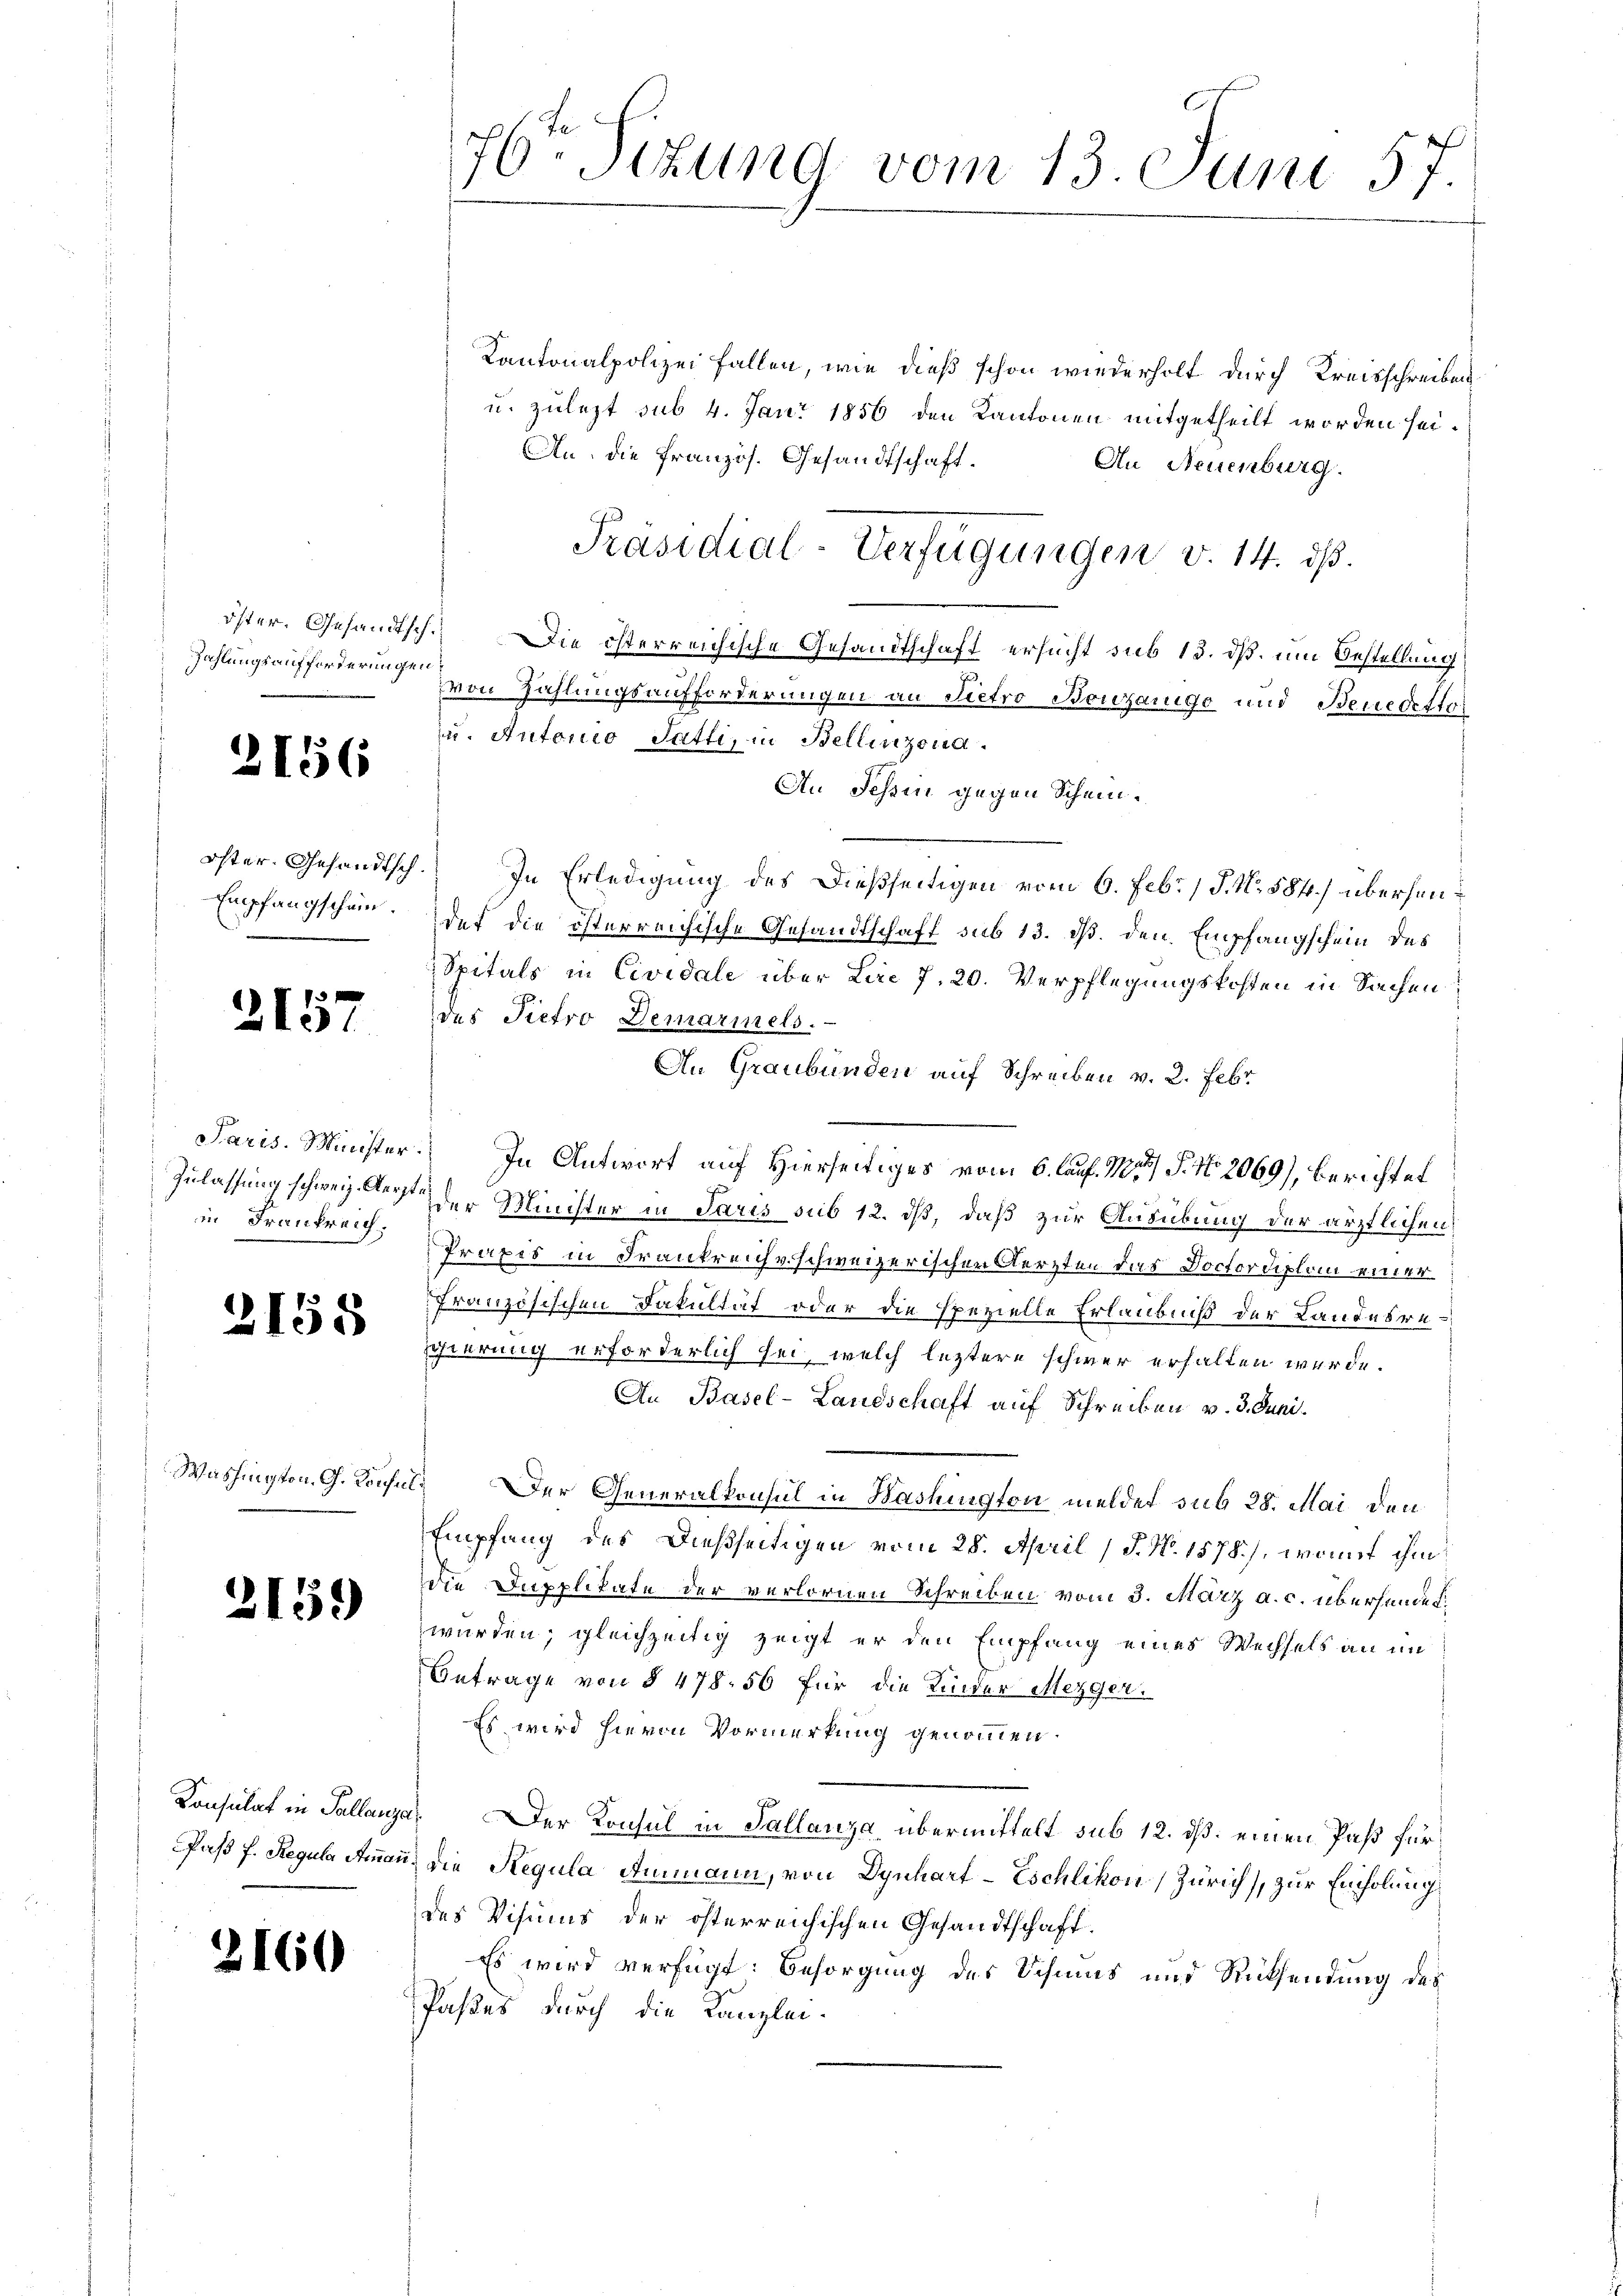
Zahlungsaufforderungen

.

2157

156

in Frankreich.

3158

Washington. G. Konsul

2159

2160

76ten Situng vom 13. Juni 57.

Kantonalpolizei fallen, wie dieß schon wiederholt durch Kreisschreiben
u. zulezt sub 4. Jan. 1856 den Kantonen mitgetheilt worden sei.
An die französ. Gesandtschaft.
An Neuenburg.
öster Gesandtsch. Die österreichische Gesandtschaft ersucht sub 13. dß. um Bestellung
von Zahlungsaufforderungen an Sietro Bouzanige und Benedetto
in Antonio Satti, in Bellinzona.
An Schen gegen Schein.
öster. Gesandtsch. In Erledigung des Dießseitigen vom 6. Febr. / J. No. 584.) überhan¬
Empfangschein. Der die österreichische Gesandtschaft sub 13. ds. den Empfangschein des
Spitals in Cividale über Lire 7. 20. Verpflegungskosten in Sachen
des Pietro Demarmels.
An Graubünden auf Schreiben v. 2. Febr
Paris Minister. In Antwort auf Hierseitiges vom 6. lauf. 1837 P. Nr. 2069), berichtet
Zulassung schweiz. der der Minister in Paris sub 12. dß, daß zur Ausübung der ärztlichen
Praxis in Frankreich v. schweizerischen Aerzten das Doctordiplon einer
französischen Fakultät oder die spezielle Erlaubniß der Landesreisierung erforderlich sei, welch leztere schwer erhalten würde.
An Basel-Landschaft auf Schreiben v. 3. Juni.
Der Generalkonsul in Washington meldet sub 28. Mai den
Empfang des Dießseitigen vom 28. April (T. N. 1578), womit ihm
die Dupplikate der verlornen Schreiben vom 3. März a. c. überhandelwürden; gleichzeitig zeigt er den Empfang eines Wechsels an im
Betrage von § 478. 56 für die Kinder Mezger¬
Es wird hievon Vormerkung genommen.
Konsulat in Sallanze. Der Konsul in Tallanza übermittelt sub 12. dß. einen Paß für
Paß f. Regula Ammann, die Regula Ammann, von Dynhart-Eschlikon, Zürich), zur Einholung
des Visums der österreichischen Gesandtschaft.
Es wird verfügt: Besorgung des Schmus und Rücksendung des
Paßes durch die Kanzlei-

Präsidial-Verfügungen v. 14. dβ.